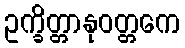
ဥက္ခိတ္တာနုဝတ္တကေ